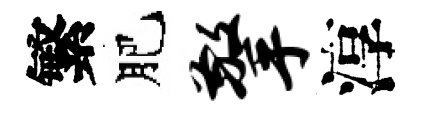
繁肥擎淳